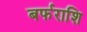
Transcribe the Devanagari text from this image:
बर्फराशि